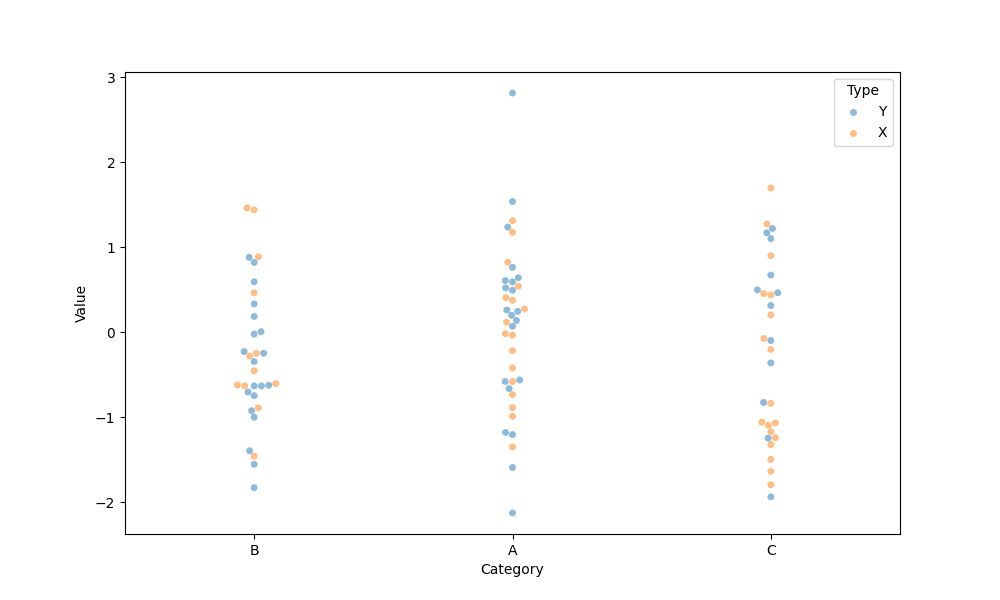
python, seaborn, swarmplot, dodge=False, alpha=0.5, size=5